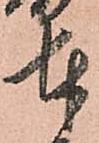
奉